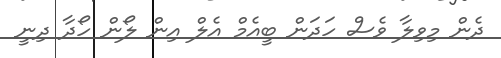
ދެން މިވިލާ ވެސް ހަދަން ބީއެމް އެލް އިން ލޯން ހޯދާ ދިނީ